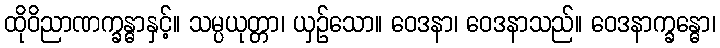
ထိုဝိညာဏက္ခန္ဓာနှင့်။ သမ္ပယုတ္တာ၊ ယှဉ်သော။ ဝေဒနာ၊ ဝေဒနာသည်။ ဝေဒနာက္ခန္ဓော၊